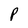
Character: P